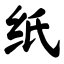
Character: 纸